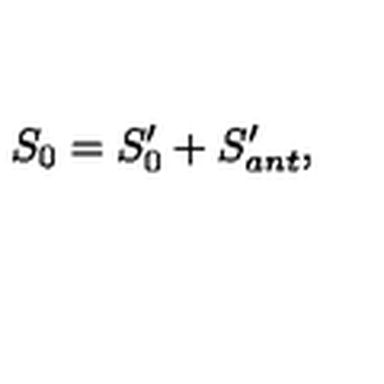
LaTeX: S _ { 0 } = S _ { 0 } ^ { \prime } + S _ { a n t } ^ { \prime } ,